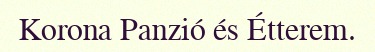
Korona Panzió és Étterem.